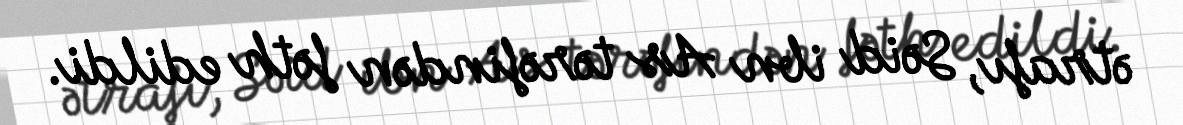
ətrafı, Səid ibn As tərəfindən fəth edildi.